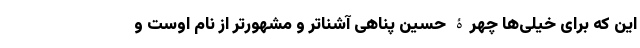
این که برای خیلی‌ها چهرۀ حسین پناهی آشناتر و مشهورتر از نام اوست و